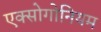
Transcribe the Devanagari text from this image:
एक्सोगोनियम